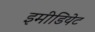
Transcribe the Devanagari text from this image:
इमीडियेट